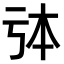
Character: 𠄯